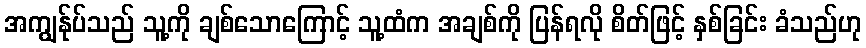
အကျွန်ုပ်သည် သူ့ကို ချစ်သောကြောင့် သူ့ထံက အချစ်ကို ပြန်ရလို စိတ်ဖြင့် နှစ်ခြင်း ခံသည်ဟု